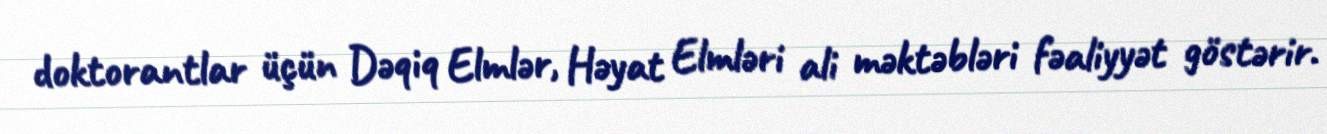
doktorantlar üçün Dəqiq Elmlər, Həyat Elmləri ali məktəbləri fəaliyyət göstərir.